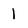
Character: 1